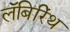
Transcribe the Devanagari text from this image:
लॅबिरिंथ